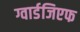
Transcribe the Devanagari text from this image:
ग्वार्डजिएफ